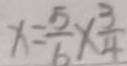
x = \frac { 5 } { 6 } \times \frac { 3 } { 4 }